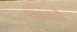
બદબો